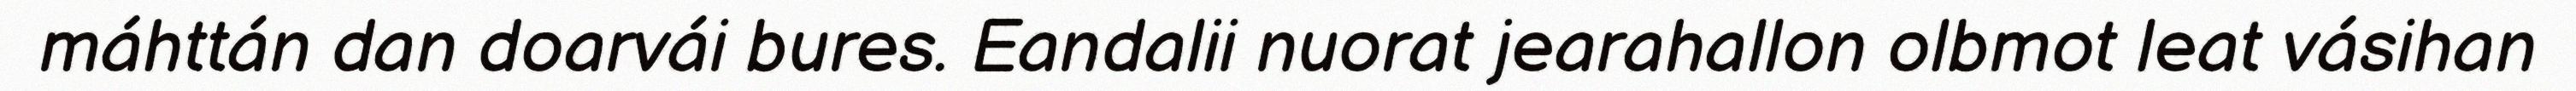
máhttán dan doarvái bures. Eandalii nuorat jearahallon olbmot leat vásihan